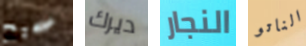
صحيح ديرك النجار الناتو